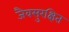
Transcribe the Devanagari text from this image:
जैवसुरक्षित